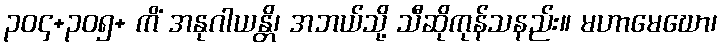
၃၀၄+၃၀၅+ ကိံ အနုဂါယန္တိ၊ အဘယ်သို့ သီဆိုကုန်သနည်း။ မဟာမေဃော၊